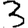
Digit: 3